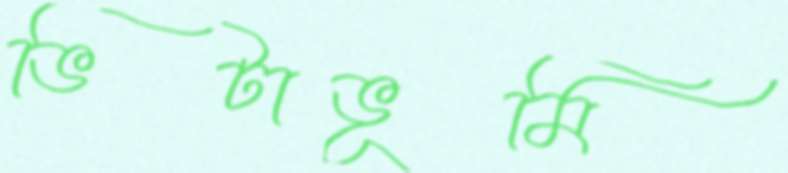
ভিটাভূমি